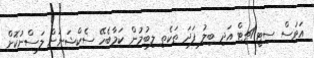
އަވަސް ސިޓީ/ޗިޓް އަދި ބިލު ފަދަ ތަކެތި ލިބުމުން ކަމާބެހޭ ސެކްޝަނަށް ލަސްނުކޮށް